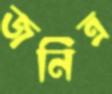
জনিত্র